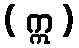
( ဣ )